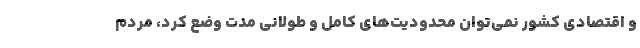
و اقتصادی کشور نمی‌توان محدودیت‌های کامل و طولانی مدت وضع کرد، مردم